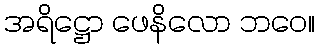
အရိဋ္ဌော ဖေနိလော ဘဝေ။